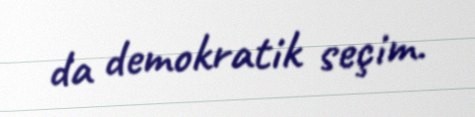
da demokratik seçim.